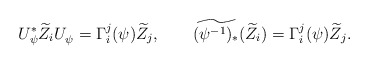
\begin{align*}U_{\psi}^{\ast} \widetilde{Z}_i U_{\psi}^{} = \Gamma_{i}^j(\psi)\widetilde{Z}_j ,\qquad\widetilde{(\psi^{-1})_{\ast} } (\widetilde{Z}_i) = \Gamma_{i}^j(\psi)\widetilde{Z}_j.\end{align*}